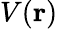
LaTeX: V(\mathbf{r})